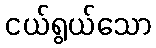
ငယ်ရွယ်သော